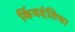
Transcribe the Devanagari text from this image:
किंवदंतिया